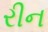
રીન